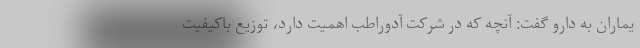
یماران به دارو گفت: آنچه که در شرکت آدوراطب اهمیت دارد، توزیع باکیفیت